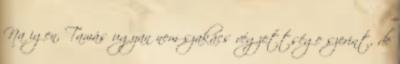
Na igen, Tamás ugyan nem szakács végzettsége szerint, de